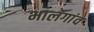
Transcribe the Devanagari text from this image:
भालगांव